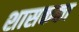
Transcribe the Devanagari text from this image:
शासकका